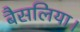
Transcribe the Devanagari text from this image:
बैसलिया।